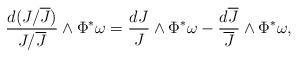
LaTeX: \begin{align*}\frac {d(J/\overline J)}{J/\overline J} \wedge \Phi^*\omega=\frac{dJ}{J}\wedge \Phi^*\omega -\frac{d\overline J}{\overline J}\wedge \Phi^*\omega,\end{align*}